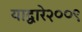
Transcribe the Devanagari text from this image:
याद्वारे२००९